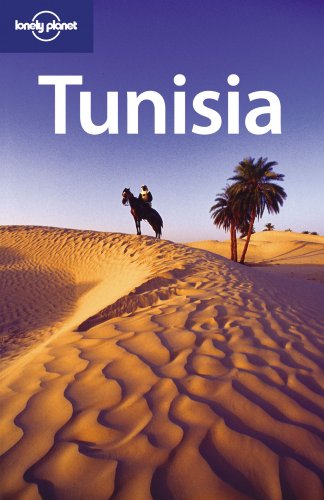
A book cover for Lonely Planet Tunisia (Travel Guide); Lonely Planet; Travel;